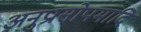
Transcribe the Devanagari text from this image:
अनुप्रासोपमादि